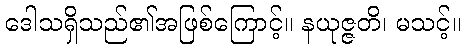
ဒေါသရှိသည်၏အဖြစ်ကြောင့်။ နယုဇ္ဇတိ၊ မသင့်။